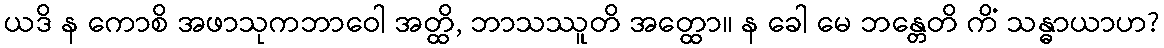
ယဒိ န ကောစိ အဖာသုကဘာဝေါ အတ္ထိ, ဘာသဿူတိ အတ္ထော။ န ခေါ မေ ဘန္တေတိ ကိံ သန္ဓာယာဟ?